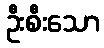
ဦးစီးသော